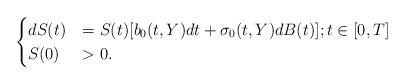
LaTeX: \begin{align*}\begin{cases} dS(t) &= S(t) [b_0(t,Y) dt + \sigma_0(t,Y) dB(t)] ; t\in[0, T]\\ S(0)&>0.\end{cases}\end{align*}